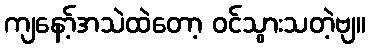
ကျနော့်အသဲထဲတော့ ဝင်သွားသတဲ့ဗျ။